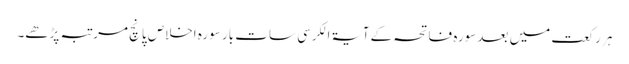
ہر رکعت میں بعد سورہ فاتحہ کے آیۃ الکرسی سات بار سورہ اخلاص پانچ مرتبہ پڑھے۔